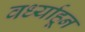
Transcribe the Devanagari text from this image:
वर्ध्याहून